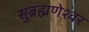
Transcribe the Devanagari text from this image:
सुब्रह्मणेश्वर